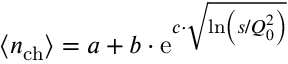
\left< n _ { \mathrm { c h } } \right> = a + b \cdot \mathrm { e } ^ { c \cdot \sqrt { \mathrm { l n } \left( s / Q _ { 0 } ^ { 2 } \right) } }